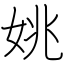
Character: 姚